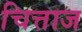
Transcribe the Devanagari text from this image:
चित्ताज